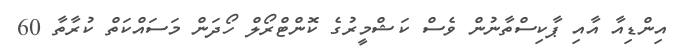
އިންޑިއާ އާއި ޕާކިސްތާނުން ވެސް ކަޝްމީރުގެ ކޮންޓްރޯލް ހޯދަން މަސައްކަތް ކުރާތާ 60